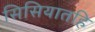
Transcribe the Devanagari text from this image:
सिसियातहि